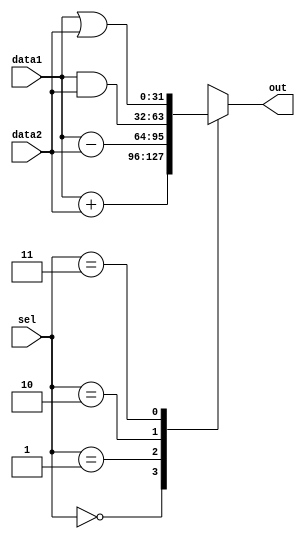
module alu (
		input 	  [31:0] data1, data2,
		input 	  [1:0] sel,
		output reg signed [31:0] out
	);

	always case(sel)
			2'b00: out <= data1 + data2; // Soma
			2'b01: out <= data1 - data2; // Subtração
			2'b10: out <= data1 & data2; // AND
			2'b11: out <= data1 | data2; // OR
	endcase			

endmodule